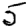
Digit: 5